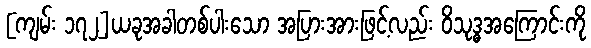
[ကျမ်း ၁၇၂]ယခုအခါတစ်ပါးသော အပြားအားဖြင့်လည်း ဝိသုဒ္ဓအကြောင်းကို